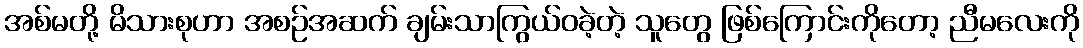
အစ်မတို့ မိသားစုဟာ အစဉ်အဆက် ချမ်းသာကြွယ်ဝခဲ့တဲ့ သူတွေ ဖြစ်ကြောင်းကိုတော့ ညီမလေးကို